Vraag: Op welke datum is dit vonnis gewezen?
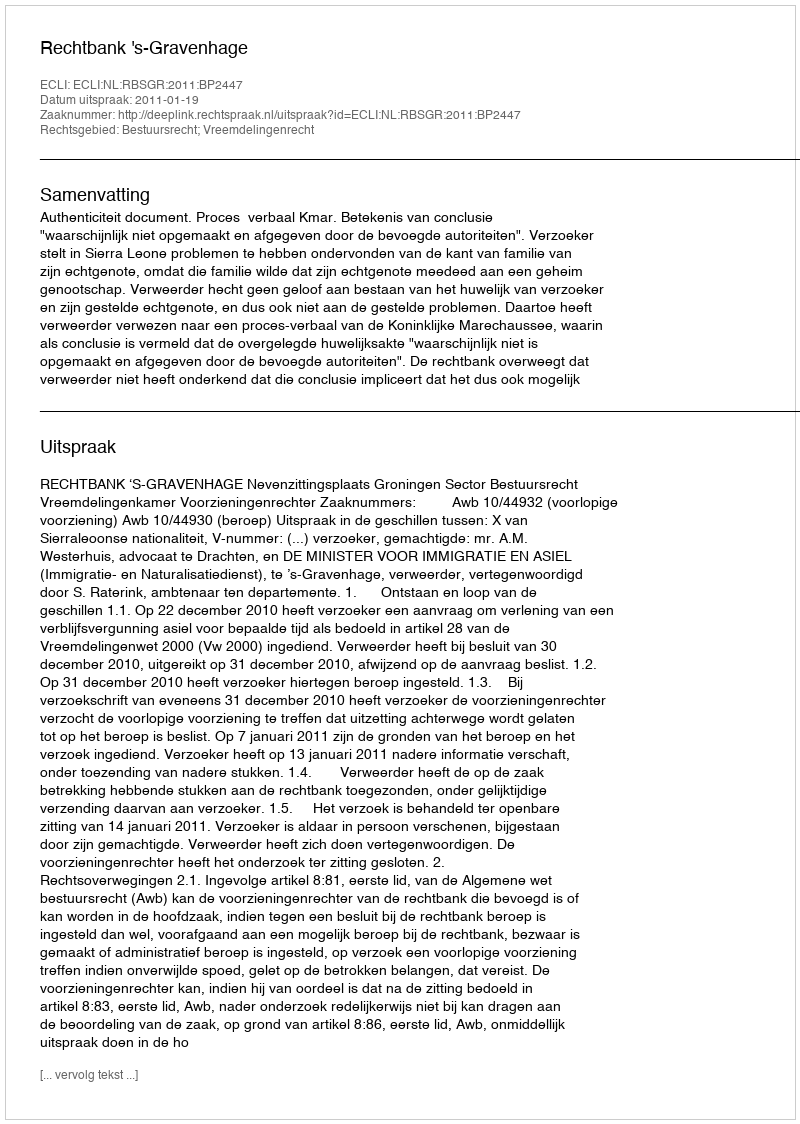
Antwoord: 2011-01-19